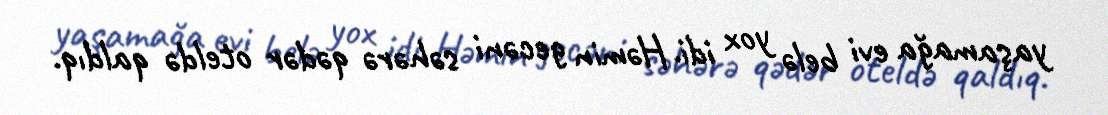
yaşamağa evi belə yox idi. Həmin gecəni səhərə qədər oteldə qaldıq.